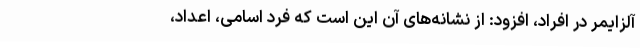
آلزایمر در افراد، افزود: از نشانه‌های آن این است که فرد اسامی، اعداد،